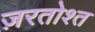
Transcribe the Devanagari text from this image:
ज़रतोश्त